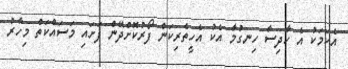
އެކަމަކު އެ ހާދިސާ ހިނގުމާ އެކު އެހީތެރިކަން ފޯރުކޮށްދޭން ފަށައި މަސައްކަތް މިހާރު